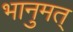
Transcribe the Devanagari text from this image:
भानुमत्